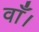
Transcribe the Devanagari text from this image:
वाँ।